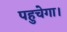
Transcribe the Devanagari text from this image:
पहुचेगा।